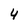
Character: 4